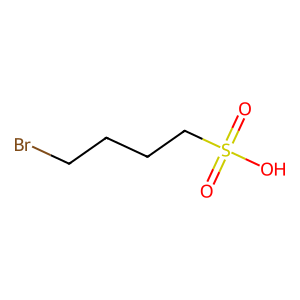
SMILES: O=S(=O)(O)CCCCBr
Inhibits HIV replication: No